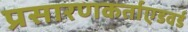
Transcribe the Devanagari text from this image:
प्रसारणकर्ताएडवर्ड